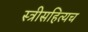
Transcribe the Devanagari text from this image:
स्त्रीसहित्यच